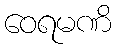
ဝေရမဏိ